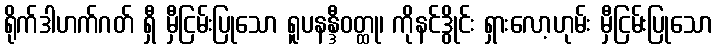
ရိုက်ဒါဟက်ဂတ် ရှီ မှီငြမ်းပြုသော ရူပနန္ဒီဝတ္ထု၊ ကိုနင်ဒွိုင်း ရှားလော့ဟုမ်း မှီငြမ်းပြုသော